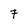
Character: 7